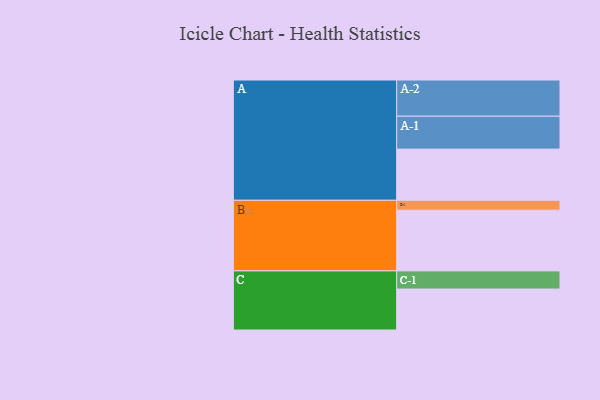
{"axis": {"x": "Segment", "y": "Value"}, "legend": ["", "A", "B", "C"], "data": [{"x": "A", "y": 420, "type": ""}, {"x": "B", "y": 498, "type": ""}, {"x": "C", "y": 336, "type": ""}, {"x": "A-1", "y": 270, "type": "A"}, {"x": "A-2", "y": 297, "type": "A"}, {"x": "B-1", "y": 81, "type": "B"}, {"x": "C-1", "y": 149, "type": "C"}]}